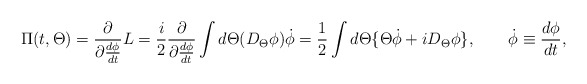
\begin{align*}\Pi(t,\Theta)= \frac{\partial}{\partial\frac{d\phi}{dt}} L=\frac{i}{2}\frac{\partial}{\partial\frac{d\phi}{dt}}\int d\Theta (D_{\Theta }\phi )\dot{\phi } =\frac{1}{2}\int d\Theta \{\Theta \dot{\phi }+iD_{\Theta }\phi \},\qquad \dot{\phi }\equiv\frac{d\phi}{dt},\end{align*}